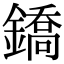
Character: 鐈